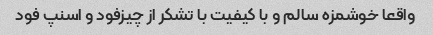
واقعا خوشمزه سالم و با کیفیت با تشکر از چیزفود و اسنپ فود